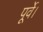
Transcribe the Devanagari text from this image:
पूर्वे।